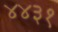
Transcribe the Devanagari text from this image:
४४३१